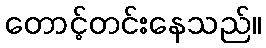
တောင့်တင်းနေသည်။